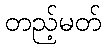
တည့်မတ်